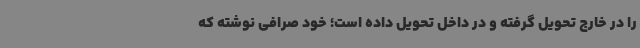
را در خارج تحویل گرفته و در داخل تحویل داده است؛ خود صرافی نوشته که